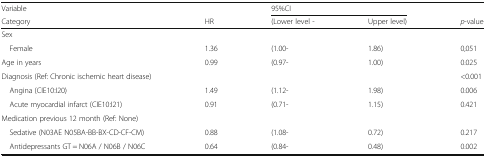
<table><thead><tr><td><b>Variable</b></td><td></td><td colspan="2"><b>95%CI</b></td><td></td></tr><tr><td><b>Category</b></td><td><b>HR</b></td><td><b>(Lower level -</b></td><td><b>Upper level)</b></td><td><b><i>p</i>-value</b></td></tr></thead><tbody><tr><td colspan="5">Sex</td></tr><tr><td> Female</td><td>1.36</td><td>(1.00-</td><td>1.86)</td><td>0,051</td></tr><tr><td>Age in years</td><td>0.99</td><td>(0.97-</td><td>1.00)</td><td>0.025</td></tr><tr><td>Diagnosis (Ref: Chronic ischemic heart disease)</td><td></td><td></td><td></td><td>&lt;0.001</td></tr><tr><td> Angina (CIE10:I20)</td><td>1.49</td><td>(1.12-</td><td>1.98)</td><td>0.006</td></tr><tr><td> Acute myocardial infarct (CIE10:I21)</td><td>0.91</td><td>(0.71-</td><td>1.15)</td><td>0.421</td></tr><tr><td colspan="5">Medication previous 12 month (Ref: None)</td></tr><tr><td> Sedative (N03AE N05BA-BB-BX-CD-CF-CM)</td><td>0.88</td><td>(1.08-</td><td>0.72)</td><td>0.217</td></tr><tr><td> Antidepressants GT = N06A / N06B / N06C</td><td>0.64</td><td>(0.84-</td><td>0.48)</td><td>0.002</td></tr></tbody></table>